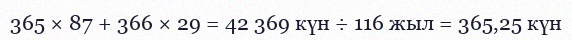
365 × 87 + 366 × 29 = 42 369 күн ÷ 116 жыл = 365,25 күн